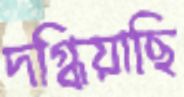
দগ্ধিয়াছি